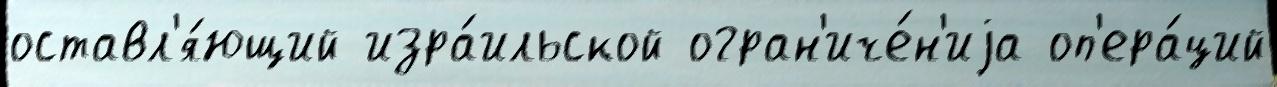
оставл'я́ющий изра́ильской огран'иче́н'иjа оп'ера́ций